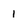
Character: 1